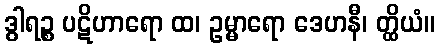
ဒွါရဉ္စ ပဋိဟာရော ထ၊ ဥမ္မာရော ဒေဟနီ၊ တ္ထိယံ။